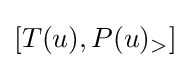
[T(u),P(u)_{>}]